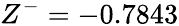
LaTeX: Z^{-}=-0.7843